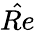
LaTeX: \hat{Re}